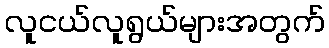
လူငယ်လူရွယ်များအတွက်